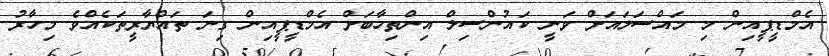
އެމްޑީޕީއިން މި މައްސަލައަށް ވަނީ ކައުންސިލް އިންތިހާބަށް އެމްޑީޕީއިން ގިނަ ތައްޔާރީތަކެއްވެ މިހާރު